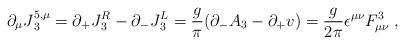
LaTeX: \begin{align*}\partial _{\mu} J {^{5, \mu} _3} = \partial _+ J {_3 ^{R}} -\partial_- J {_3^L} = {g \over \pi} (\partial _- A_3- \partial_+ v) = {g \over 2 \pi} \epsilon ^{\mu \nu} F_{\mu \nu}^3 \; ,\end{align*}